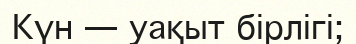
Күн — уақыт бірлігі;